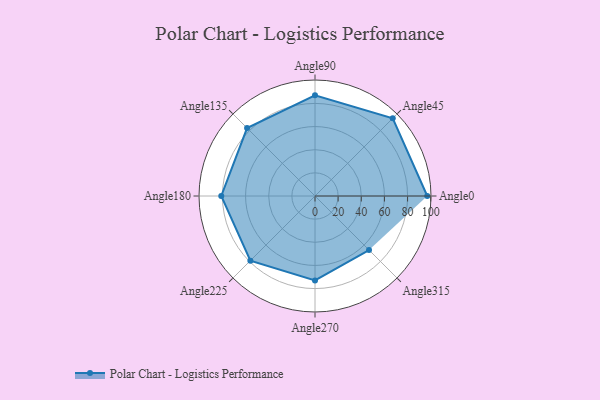
{"axis": {"x": "Angle", "y": "Radius"}, "legend": [""], "data": [{"x": "Angle0", "y": 97.0, "type": ""}, {"x": "Angle45", "y": 95.0, "type": ""}, {"x": "Angle90", "y": 87.0, "type": ""}, {"x": "Angle135", "y": 83.0, "type": ""}, {"x": "Angle180", "y": 81.0, "type": ""}, {"x": "Angle225", "y": 79.0, "type": ""}, {"x": "Angle270", "y": 73.0, "type": ""}, {"x": "Angle315", "y": 66.0, "type": ""}]}